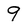
Character: 9